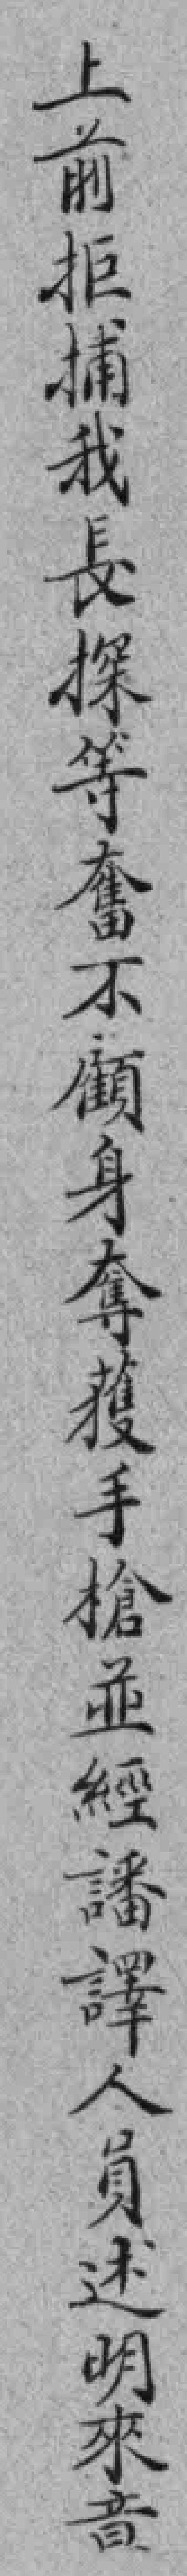
上前拒捕我長探等奮不顧身奪獲手槍並經諸譯人員述明來意